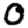
Digit: 0